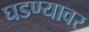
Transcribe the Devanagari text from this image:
घडण्यावर